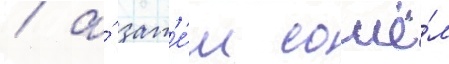
/ а́ зат'е́м сошё́л